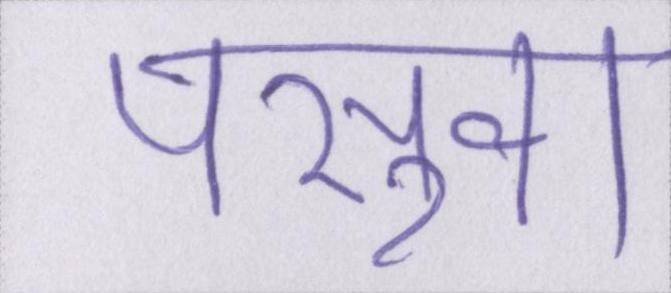
पसुवा